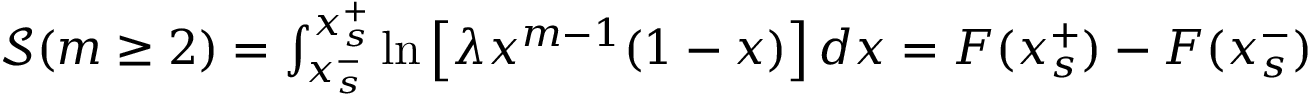
\begin{array} { r } { \mathcal { S } ( m \geq 2 ) = \int _ { x _ { s } ^ { - } } ^ { x _ { s } ^ { + } } { \ln \left[ { \lambda { x ^ { m - 1 } } ( 1 - x ) } \right] d x } = F ( x _ { s } ^ { + } ) - F ( x _ { s } ^ { - } ) } \end{array}